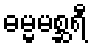
ဓမ္မမစ္ဆရီ